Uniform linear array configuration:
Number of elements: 16
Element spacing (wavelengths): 1
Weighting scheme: hann
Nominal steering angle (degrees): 60
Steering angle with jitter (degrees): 60.721
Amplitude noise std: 0.05
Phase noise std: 0.05

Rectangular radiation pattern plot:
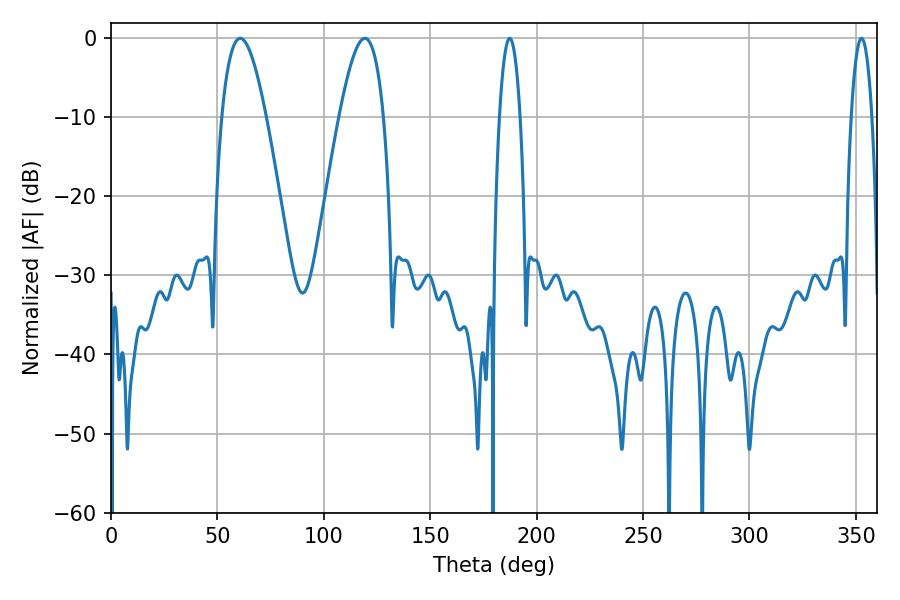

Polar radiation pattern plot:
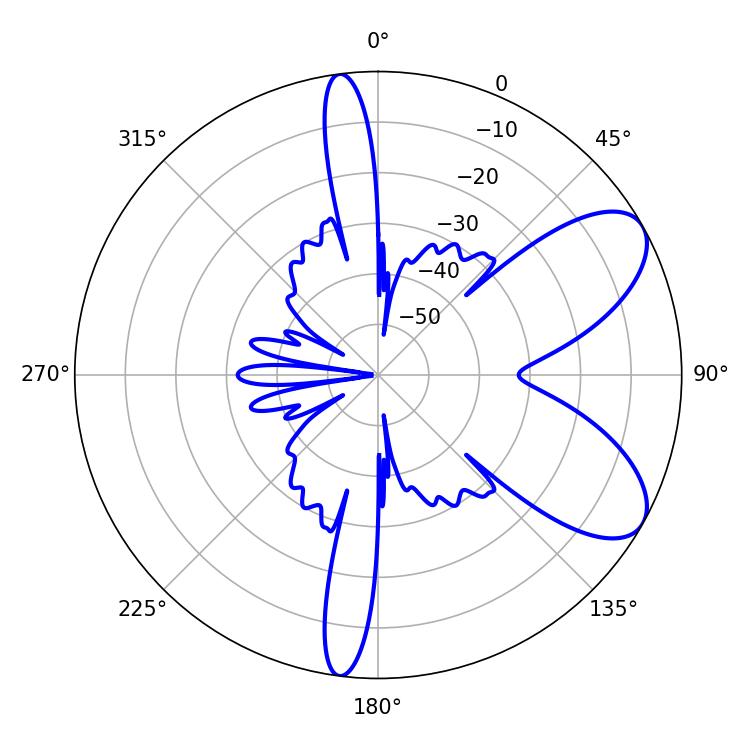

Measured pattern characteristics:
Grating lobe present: TRUE
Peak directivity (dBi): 7.568
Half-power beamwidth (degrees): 11.34
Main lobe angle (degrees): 60.66